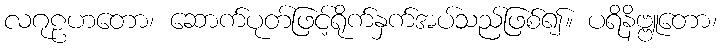
လဂုဠဟတော၊ ဆောက်ပုတ်ဖြင့်ရိုက်နှက်အပ်သည်ဖြစ်၍။ ပရိနိဗ္ဗူတော၊